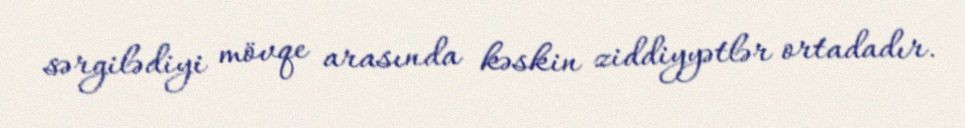
sərgilədiyi mövqe arasında kəskin ziddiyyətlər ortadadır.